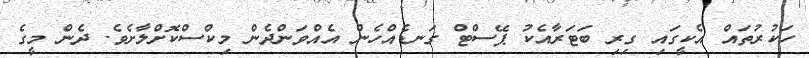
ހަކުރުތައް އެކީގައި ގިރި ބަޓަރާއެކު ޕޭސްޓް ގަނޑެއްހެން އެއްވަންދެން މިކްސްކޮށްލާށެވެ. ދެން މީގެ